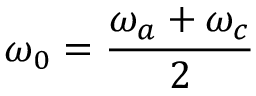
\omega _ { 0 } = \frac { \omega _ { a } + \omega _ { c } } { 2 }